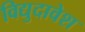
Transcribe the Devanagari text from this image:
विद्युदावेश